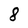
Character: 8